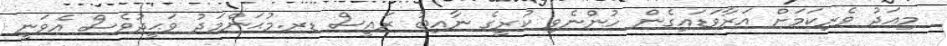
މިއަދު ވެރިކަމަށް އަރާވަޑައިގެން ހުންނެވި ކުރީގެ ނާއިބު ރައީސް ޑރ.މުޙަންމަދު ވަޙީދުވެސް އެވަނީ